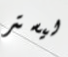
ليستر